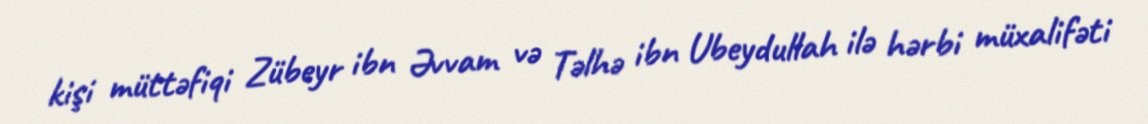
kişi müttəfiqi Zübeyr ibn Əvvam və Təlhə ibn Ubeydullah ilə hərbi müxalifəti